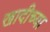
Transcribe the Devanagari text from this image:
खादीच्या